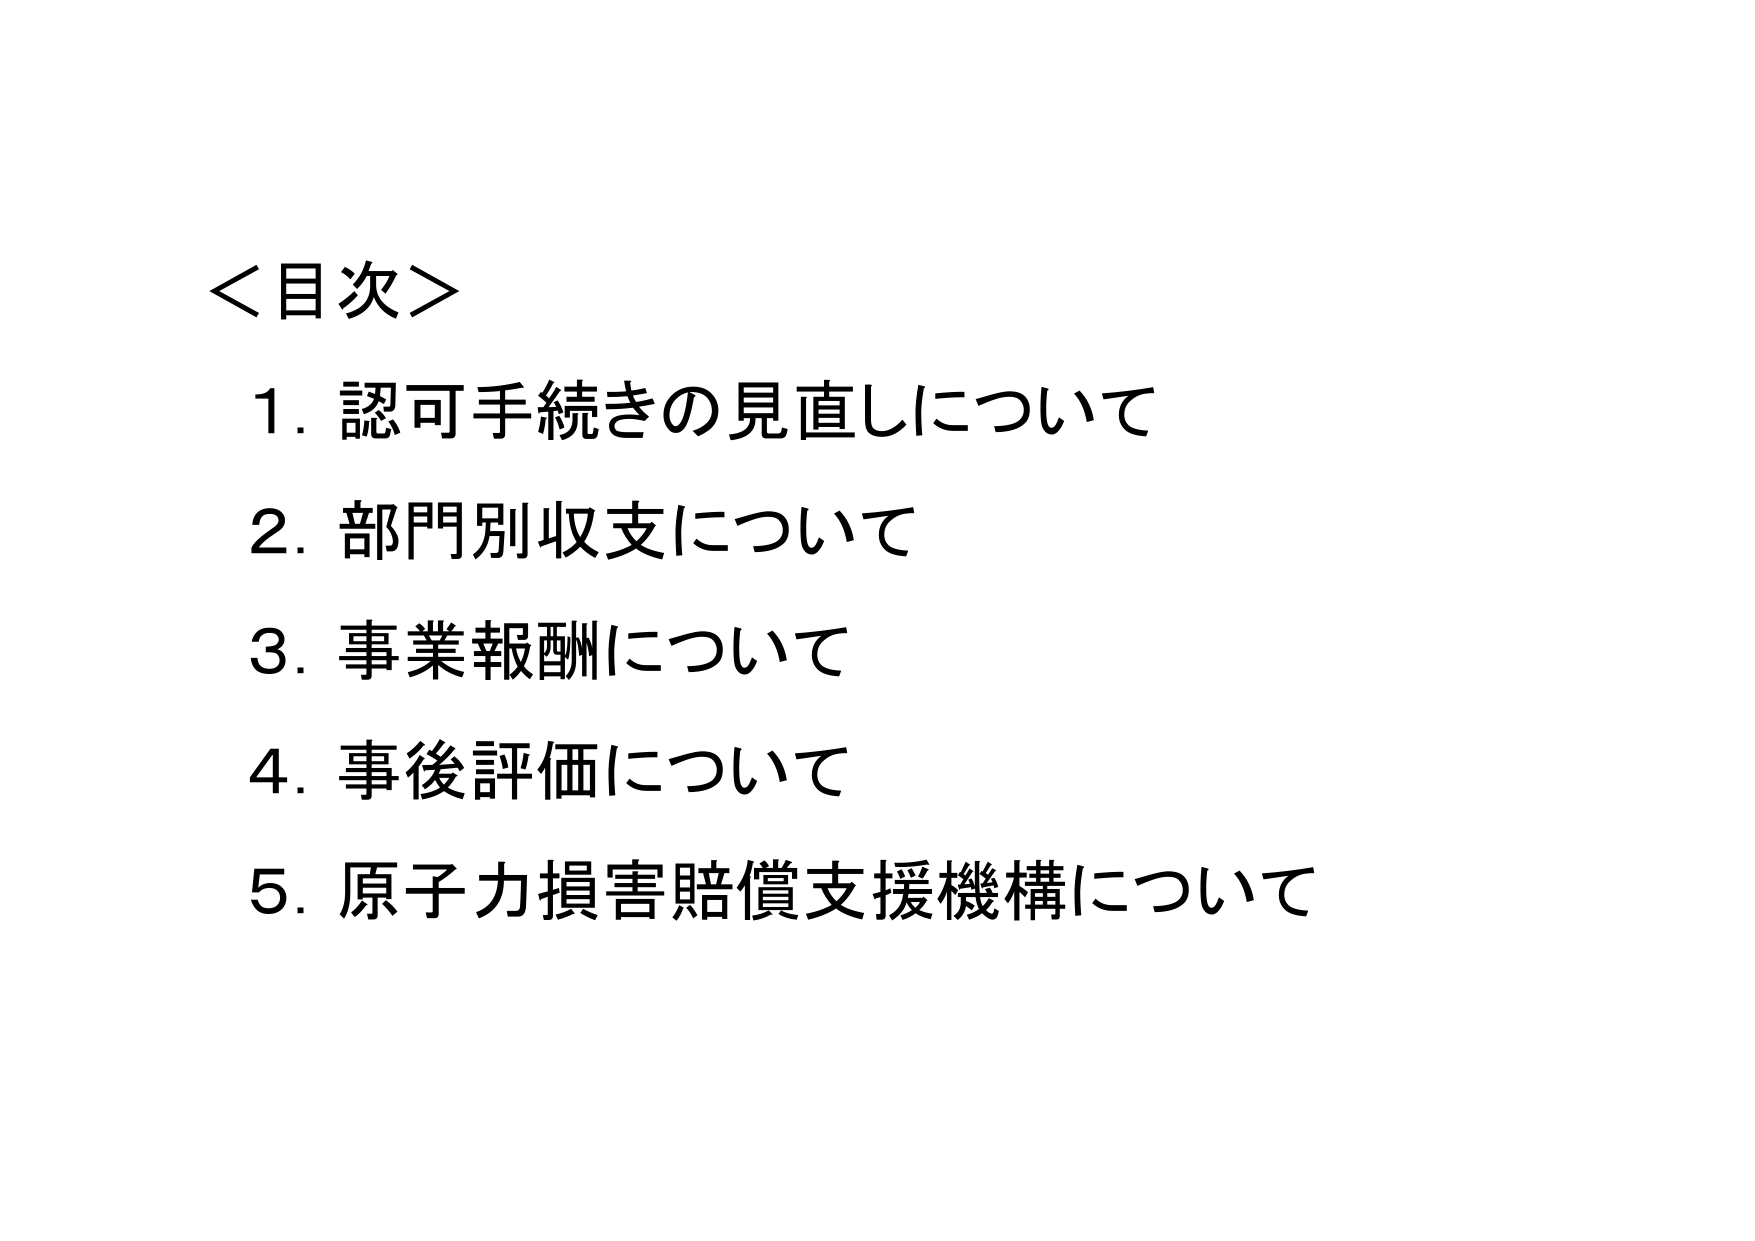
＜目次＞
1. 認可手続きの見直しについて
2. 部門別収支について
3. 事業報酬について
4. 事後評価について
5. 原子力損害賠償支援機構について